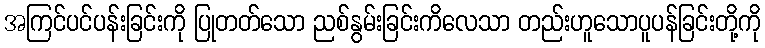
အကြင်ပင်ပန်းခြင်းကို ပြုတတ်သော ညစ်နွမ်းခြင်းကိလေသာ တည်းဟူသောပူပန်ခြင်းတို့ကို